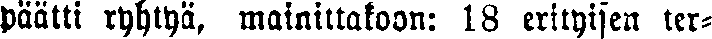
päätti ryhtyä, mainittakoon: 18 erityisen ter-